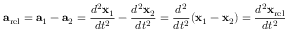
\mathbf { a } _ { \mathrm { { r e l } } } = \mathbf { a } _ { 1 } - \mathbf { a } _ { 2 } = { \frac { d ^ { 2 } \mathbf { x } _ { 1 } } { d t ^ { 2 } } } - { \frac { d ^ { 2 } \mathbf { x } _ { 2 } } { d t ^ { 2 } } } = { \frac { d ^ { 2 } } { d t ^ { 2 } } } ( \mathbf { x } _ { 1 } - \mathbf { x } _ { 2 } ) = { \frac { d ^ { 2 } \mathbf { x } _ { \mathrm { { r e l } } } } { d t ^ { 2 } } }